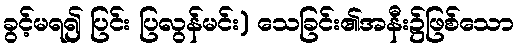
ခွင့်မရ၍ ပြင်း ပြလွန်မင်း) သေခြင်း၏အနီး၌ဖြစ်သော